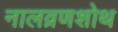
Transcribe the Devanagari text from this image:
नालव्रणशोथ